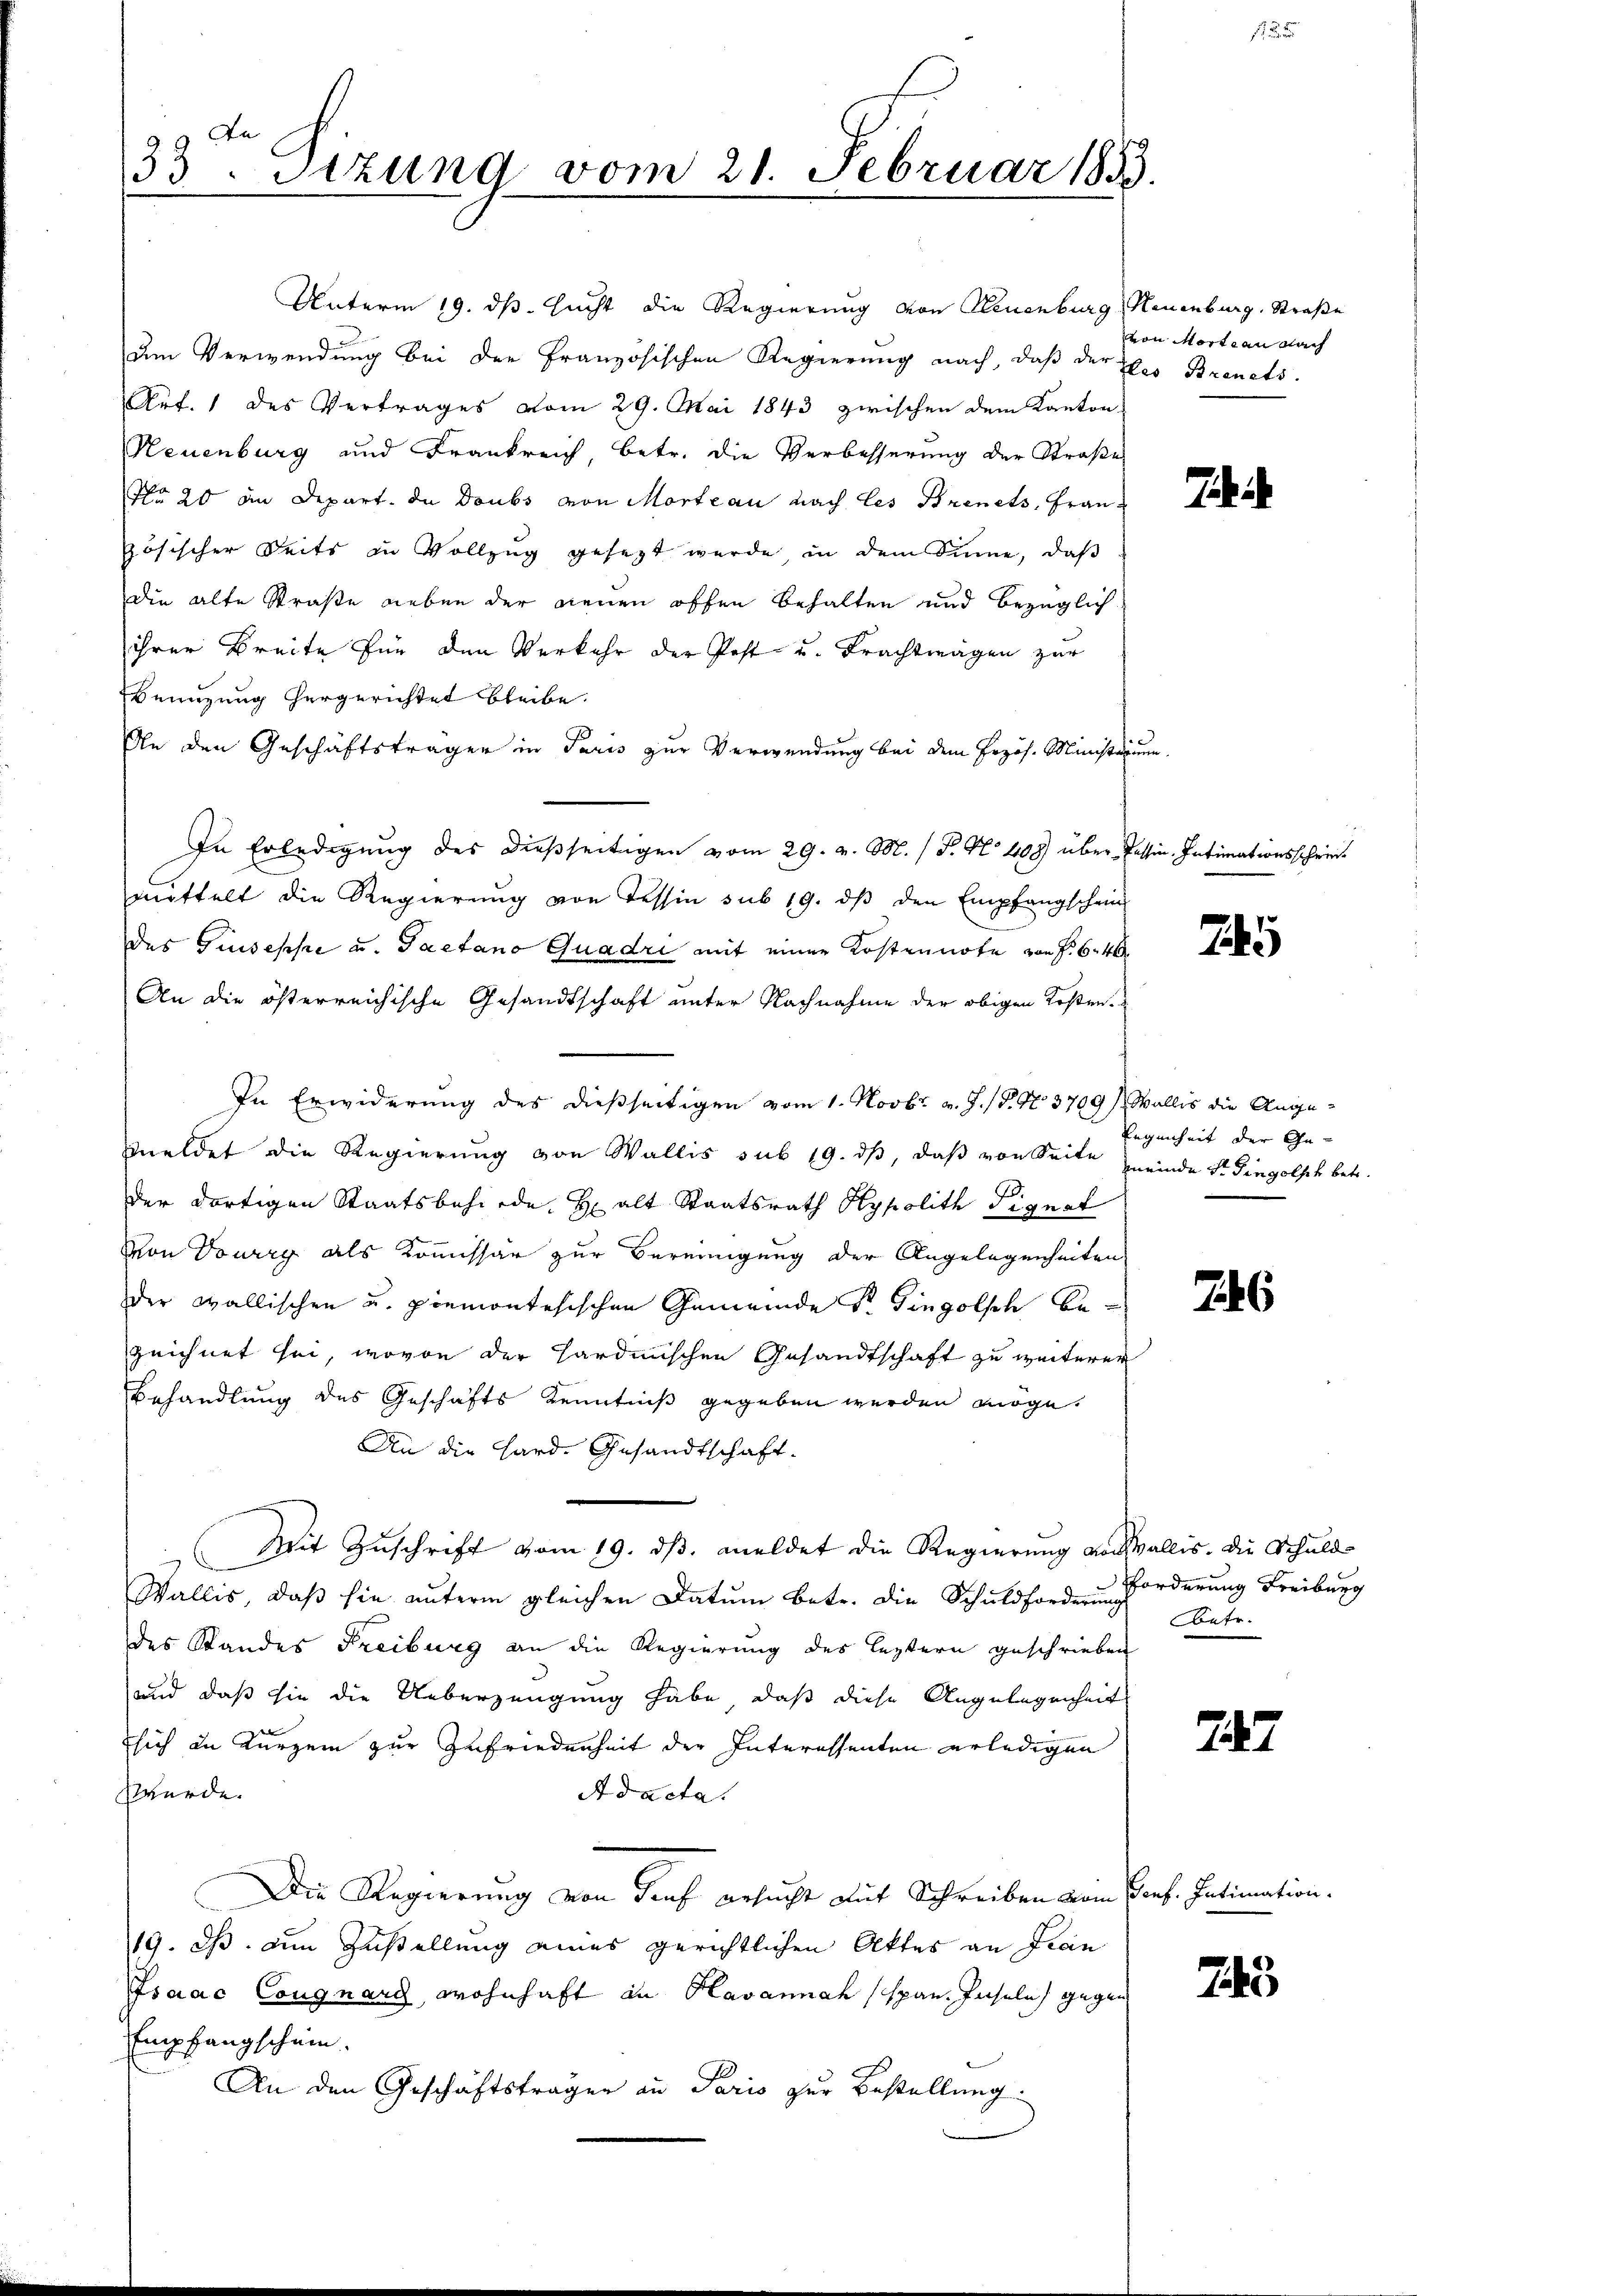
a
33. Setzung vom 21. Februar 189

um Verwendung bei der Französischen Regierung nach, daß der Ehes Brinets.
Art. 1 des Vertrages vom 29. Mai 1843 zwischen dem Kanton
Neuenburg und Frankreich, betr. die Verbesserung der Straße
No 20 an Depart. In Doubs von Morteau nach les Brinets, Französischer Seits in Vollzug gesetzt wurde in dem Sinne, daß
die alte Straße neben der neuen offen behalten und bezüglich
ihrer Breite für den Verkehr der Post- u. Frachträgen zur
Benuzung hergerichtet bleibe.
An den Geschäftsträger in Paris zur Verwendung bei dem Erzös. Ministarum
In Erledigung des dießseitigen vom 29. v. M. / P. Nr. 408 über Passin. Intimationsscheinmittelt die Regierung von Tessin sub 19. dβ den Empfangschein
des Giuseppe u. Paetano Quadri mit einer Kostennote von f. 64
An die österreichische Gesandtschaft unter Nachnahme der obigen Kosten.
In Erwiderung des dießseitigen vom 1. Novbr. v. J. P. 97. 3709), Wallis die Angemeldet die Regierung von Wallis sub 19. dβ, daß von Seite meinde Sr. Dingelsch betr.
der dortigen Staatsbehörde Halt Staatsrath Hypolith Signat
Son Dourry als Kommissär zur Bereinigung der Angelegenheiten
der Wallischen u. premontesischen Gemeinde Sr. Gingolsch bezeichnet sei, wovon der Hardinischen Gesandtschaft zu weiterer
Behandlung des Geschäfts Kenntniß gegeben werden möge.
An die Hard. Gesandtschaft.
Mit Zuschrift vom 19. ds. meldet die Regierung von Wallis. Die Schuld¬
C
Wallis, daß sie unterm gleichen Datum Betr. die Schuldfordern Forderung Freiburg
des Standes Freiburg an die Regierung des leztern geschrieben
und daß sie die Ueberzeugung habe, daß diese Angelegenheit
sich an Kurzem zur Zufriedenheit der Interessenten erledigen
würde.
Ad acta.
Die Regierung von Genf ersucht mit Schreiben vom Genf. Intimation.
19. ds. Am Zustellung eines gerichtlichen Aktes an Fran
Isaac Cougnarg, wohnhaft in Havannah (span. Inseln gegen
Empfangschein.
An den Geschäftsträgen an Paris zur Bestellung.

Unterm 19. ds. sucht die Regierung von Neuenburg, Neuenburg. Straße

von Mortrau nach

h

J

Eigenheit der Ge-

6

Ontr.

247.

745